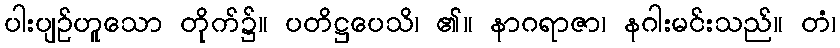
ပါးပျဉ်ဟူသော တိုက်၌။ ပတိဋ္ဌပေသိ၊ ၏။ နာဂရာဇာ၊ နဂါးမင်းသည်။ တံ၊